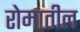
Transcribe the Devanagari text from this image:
रोमातील